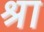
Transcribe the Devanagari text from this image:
श्रा